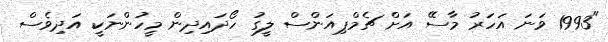
"1993 ވަނަ އަހަރު މާސޭ އަށް ޗެމްޕިއަންސް ލީގު ހޯދައިދިން މީހުންނަކީ އަދިވެސް